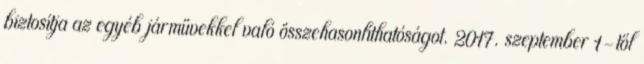
biztosítja az egyéb járművekkel való összehasonlíthatóságot. 2017. szeptember 1-től